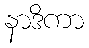
နာဒိကာ